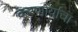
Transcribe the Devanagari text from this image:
करणार्याचा